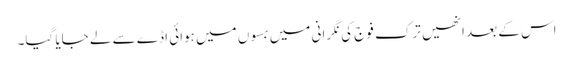
اس کے بعد انھیں ترک فوج کی نگرانی میں بسوں میں ہوائی اڈے سے لے جایا گیا۔